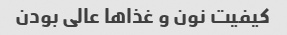
کیفیت نون و غذا‌ها عالی بودن